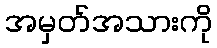
အမှတ်အသားကို